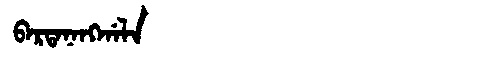
Manchu: ᠪᠠᡵᡨᠠᠨᠠᠩᡤᠠᠯᠠ
Romanization: BARTANANGGALA